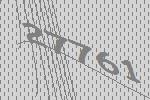
27761